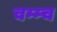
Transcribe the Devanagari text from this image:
चम्म्च